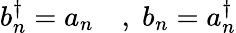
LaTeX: b_{n}^{\dagger}=a_{n}\quad,\; b_{n}=a_{n}^{\dagger}